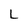
Character: L